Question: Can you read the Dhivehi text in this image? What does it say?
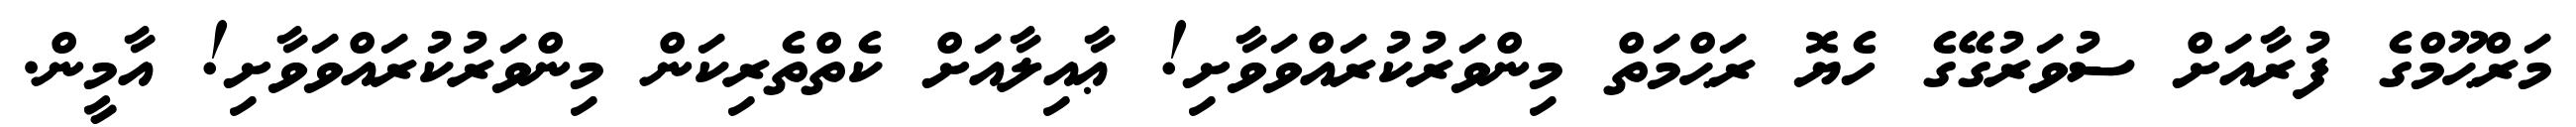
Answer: މަރްޙޫމްގެ ފުރާއަށް ސުވަރުގޭގެ ހެޔޮ ރަޙްމަތް މިންވަރުކުރައްވަވާށި! ޢާއިލާއަށް ކެތްތެރިކަން މިންވަރުކުރައްވަވާށި! އާމީން.